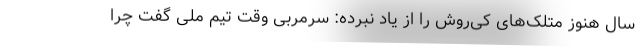
سال هنوز متلک‌های کی‌روش را از یاد نبرده: سرمربی وقت تیم ملی گفت چرا